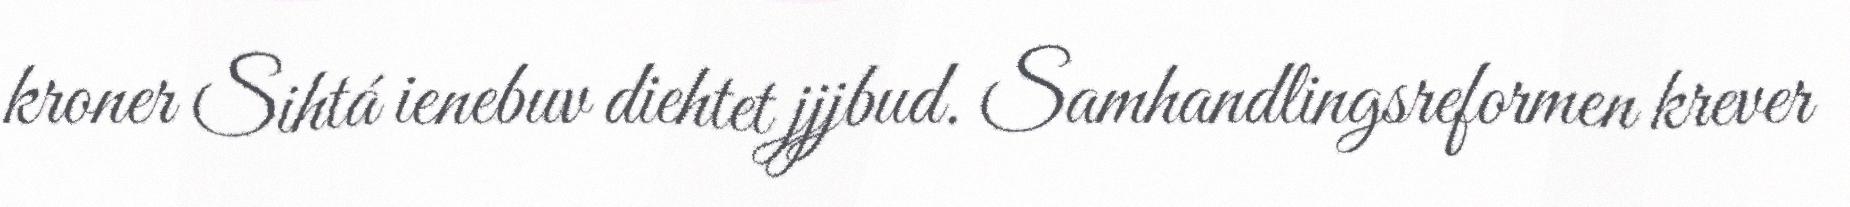
kroner Sihtá ienebuv diehtet jjjbud. Samhandlingsreformen krever